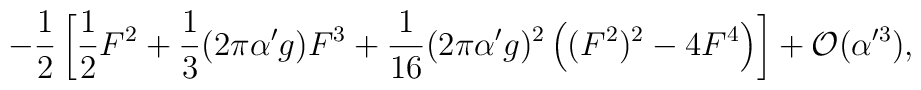
-\frac{1}{2}\left[ \frac{1}{2}F^2 + \frac{1}{3} (2\pi \alpha'g) F^3 +\frac{1}{16} (2\pi\alpha'g)^2 \left( (F^2)^2 - 4 F^4 \right) \right] +{\cal O}(\alpha'^3),